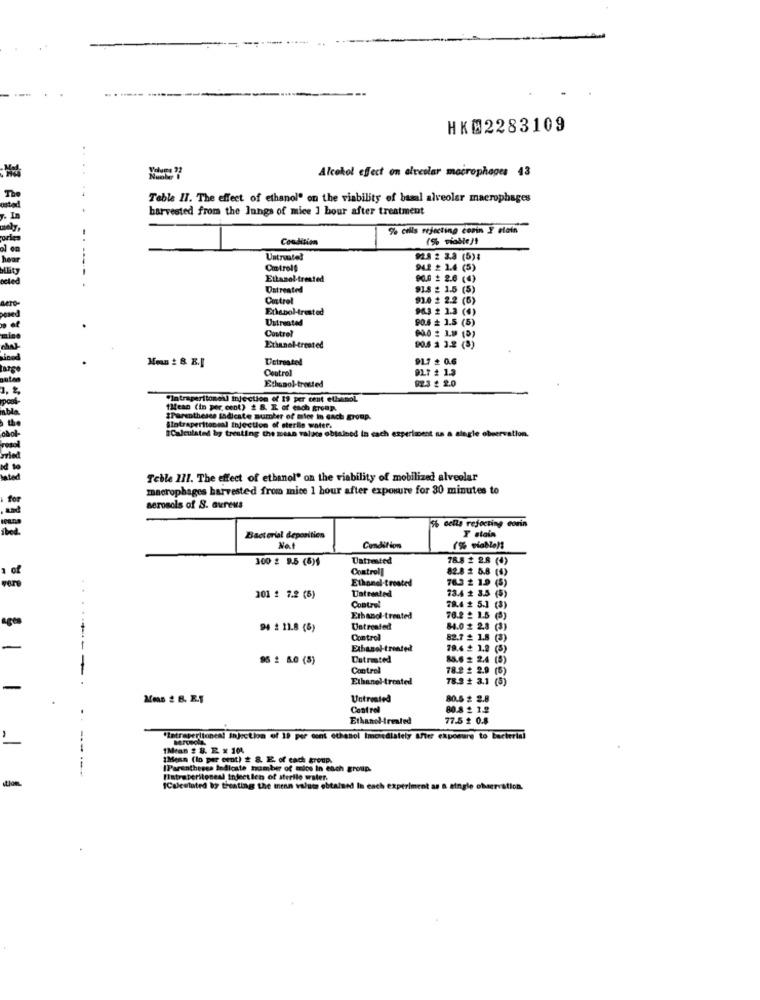
HK#2283109
Alcohol effect on alveolar macrophages 43
The
Table 17. The effect of ethanol" on the viability of basal alveolar macrophages
harvested from the lungs of mice 1 bour after treatment
%. La
% cills rejecting cerin Y stain
Condition
al
hour
Untrusted
92.8 2 3.3 (5):
Controls
94.2 2 1.4 (5)
Ethanol-trested
9.6: 2.6 (4)
Untreated
918 2 1.5 (5)
Control
91.0 # 2.2 (6)
Ethanol-rested
96.3 2 2.3 (4)
Untreated
90.4 # 1.5 (5)
Control
Ethanol-treated
90.5 1 3.2 (8)
Uotrostel
91.7 2 0.6
Control
917 # 1.3
Ethanol-trested
023 $ 2.0
"Intraperitonell injection of 19 per cent ethanol
1Mean (in per cent) # 8. I. of each group.
Parentheses ladicate number of mier in cach group.
Sintraperitoneal Injection of sterile water.
Calculated by treating the mean valace obtained in each experiment as a alagle observation.
Teble 111. The effect of ethanol" on the viability of mobilized alveolar
macrophages harvested fromm mice 1 hour after exposure for 30 minutes to
aerosols of S. aureus
5% cells rejecting corin
Bacterial depositien
T stain
Nat
Condition
(% viable !!
300 2 9.5 (6)$
Uattested
78.8 $ 2.8 (4)
Controll
82.8 2 5.8 (4)
vere
of
Ethanel-treated
76.3 # 1.9 (5)
Unteented
73.4 # 3.5 (5)
201 2 7.2 (5)
Control
78.4 # 5.1 (3)
Erbandl-treated
76.2 1.5 (5)
94 2 11.8 (6)
Untreated
84.0 2 2.8 (3)
Control
82.7 _ 1.8 (3)
Exhanol-treated
79.4 2 1,2 (5)
95 2 5.0 (5)
Datrested
85.6 # 2.4 (5)
------
Control
78.2 2 2.9 (6)
Ethanol-treated
78.2 # 3.1 (5)
-
Untreated
80.5 # 2.8
Control
80.8 2 1.2
Ethanol-treated
77.5 # 0.8
"Intraperitoneal Injection of 19 per cent ethanol Imoisdiately after exposure to bacterial
Berceola.
1Mean # 8. E. x 10%
thean (lo per cent) 2 8. E. of each group.
IParentheses Indicate number of mios In each group.
tion
Hatraperitoneal Inject ich of sterilo water.
ICalculated by treating the menn valuta obtained In each ex
triment as &